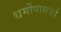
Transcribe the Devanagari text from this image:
धर्मोपासकों